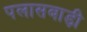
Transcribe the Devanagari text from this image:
पलासबाड़ी